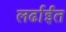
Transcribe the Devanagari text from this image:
लर्ढाईंत